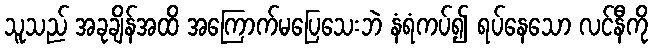
သူသည် အခုချိန်အထိ အကြောက်မပြေသေးဘဲ နံရံကပ်၍ ရပ်နေသော လင်နီကို